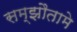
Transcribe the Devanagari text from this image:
सम्झौतामे